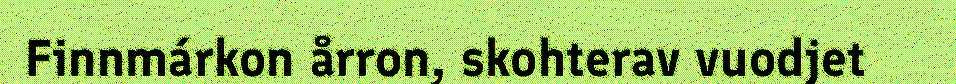
Finnmárkon årron, skohterav vuodjet